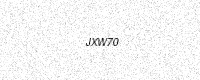
Text: JXW70